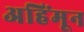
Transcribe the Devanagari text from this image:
अहिंमून